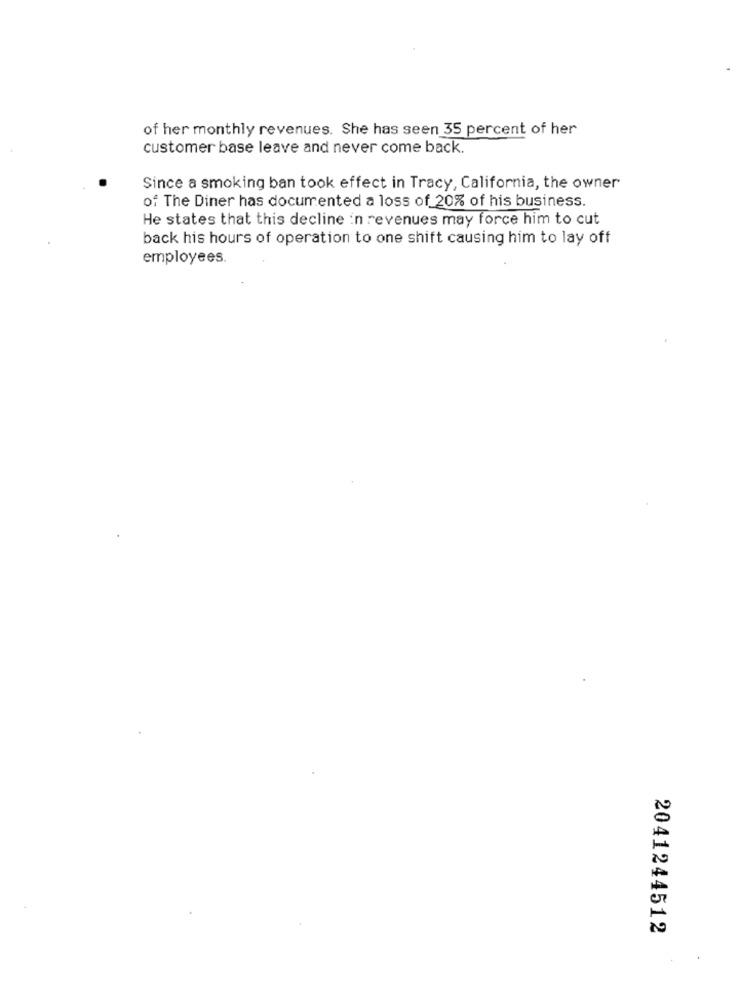
of her monthly revenues. She has seen 35 percent of her
customer base leave and never come back.
Since a smoking ban took effect in Tracy, California, the owner
of The Diner has documented a loss of 20% of his business.
He states that this decline in revenues may force him to cut
back his hours of operation to one shift causing him to lay off
employees.
2041244512